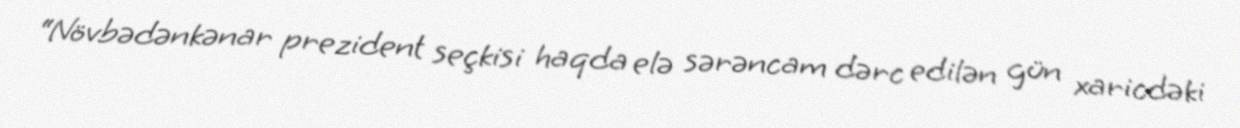
“Növbədənkənar prezident seçkisi haqda elə sərəncam dərc edilən gün xaricdəki